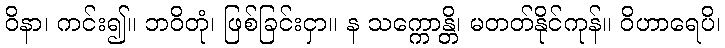
ဝိနာ၊ ကင်း၍။ ဘဝိတုံ၊ ဖြစ်ခြင်းငှာ။ န သက္ကောန္တိ၊ မတတ်နိုင်ကုန်။ ဝိဟာရေပိ၊